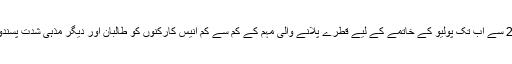
جولائی سنہ 2012 سے اب تک پولیو کے خاتمے کے لیے قطرے پلانے والی مہم کے کم سے کم انیس کارکنوں کو طالبان اور دیگر مذہی شدت پسندوں نے قتل کیا ہے۔